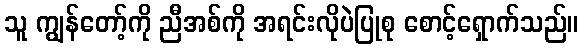
သူ ကျွန်တော့်ကို ညီအစ်ကို အရင်းလိုပဲပြုစု စောင့်ရှောက်သည်။